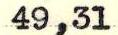
49,31